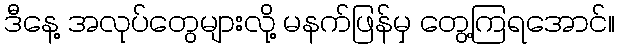
ဒီနေ့ အလုပ်တွေများလို့ မနက်ဖြန်မှ တွေ့ကြရအောင်။